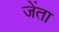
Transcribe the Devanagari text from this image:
जेंता